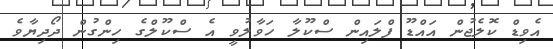
އެވިޑް ކޮލެޖުން އައްޑޫ ފްލައިން ސްކޫލާ ހަވާލުވީ އެ ސްކޫލްގެ ހިންގުން ދޯދިޔާވެ